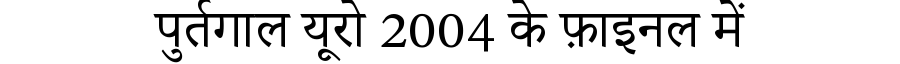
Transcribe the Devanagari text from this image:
पुर्तगाल यूरो 2004 के फ़ाइनल में